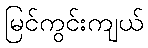
မြင်ကွင်းကျယ်